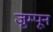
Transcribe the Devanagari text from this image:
जुम्पून